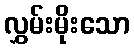
လွှမ်းမိုးသော